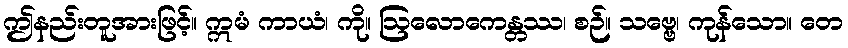
ဤနည်းတူအားဖြင့်။ ဣမံ ကာယံ၊ ကို။ ဩလောကေန္တဿ၊ စဉ်။ သဗ္ဗေ၊ ကုန်သော။ တေ